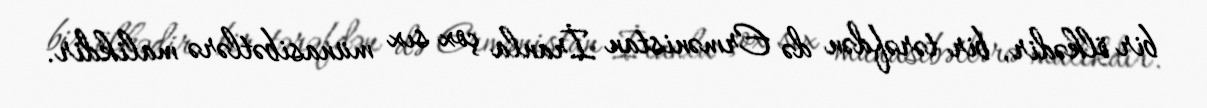
bir ölkədir, bir tərəfdən də Ermənistan İranla çox sıx münasibətlərə malikdir.